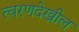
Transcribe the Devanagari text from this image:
त्वरणदेखील